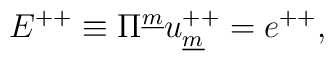
E^{++} \equiv \Pi^{\underline m} u^{++}_{\underline m} =e^{++} ,